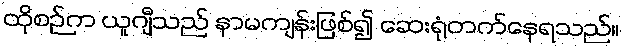
ထိုစဉ်က ယူဂျီသည် နာမကျန်းဖြစ်၍ ဆေးရုံတက်နေရသည်။